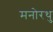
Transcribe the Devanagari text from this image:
मनोरथु